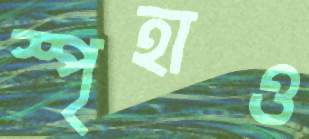
স্পৃহাও